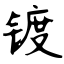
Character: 镀